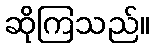
ဆိုကြသည်။